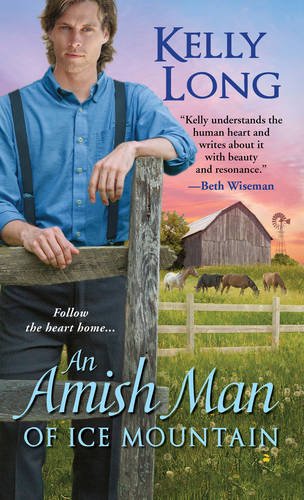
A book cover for An Amish Man of Ice Mountain; Kelly Long; Romance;